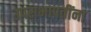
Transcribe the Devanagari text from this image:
उपसभापतींना